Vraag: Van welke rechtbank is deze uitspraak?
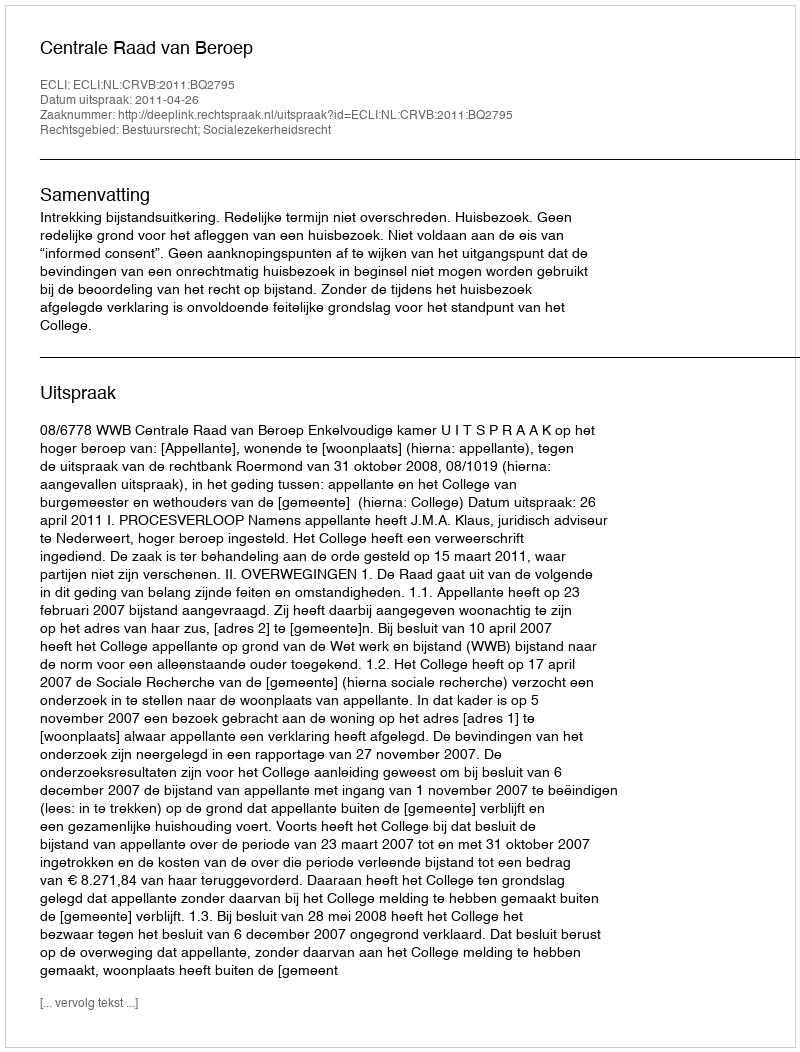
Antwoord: Centrale Raad van Beroep